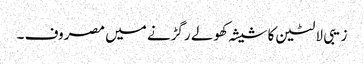
زیبی لالٹین کا شیشہ کھولے رگڑنے میں مصروف ۔